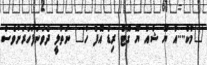
"މާކް....އާ ޔޫ ޝުއާ ޔޫ ގޮޓް ރިޑް އޮފް ހާ" ނަތާލީ ދެވަނަފަހަރަށްވެސް